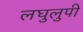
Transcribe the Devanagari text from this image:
लघुलुपी